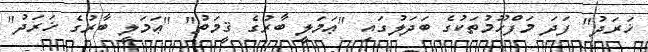
ޚަރަދު" ފަދަ މަފްހޫމުތަކުގެ ބަދަލުގައި "ޢަމަލީ ބާރުގެ ޤީމަތު" "ޢަމަލީ ބާރުގެ ޚަރަދު"